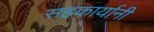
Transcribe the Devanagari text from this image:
सहकार्यानी